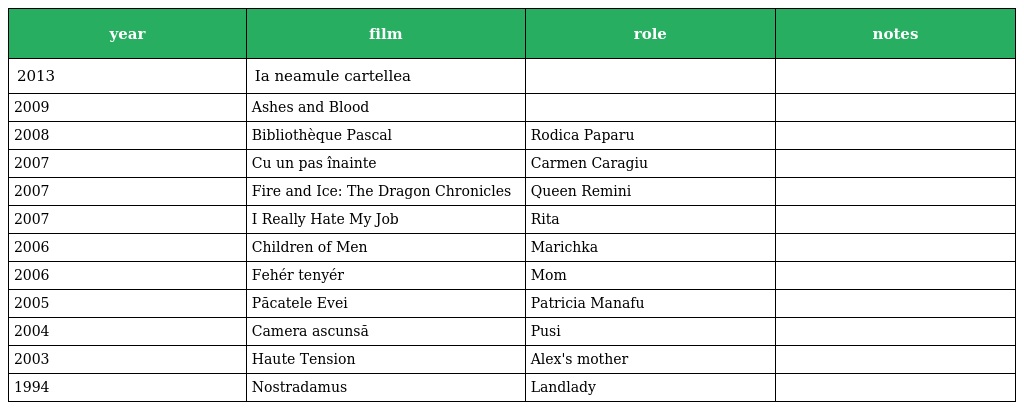
| year | film | role | notes |
 | --- | --- | --- | --- |
 | 2013 | Ia neamule cartellea |  |  |
 | 2009 | Ashes and Blood |  |  |
 | 2008 | Bibliothèque Pascal | Rodica Paparu |  |
 | 2007 | Cu un pas înainte | Carmen Caragiu |  |
 | 2007 | Fire and Ice: The Dragon Chronicles | Queen Remini |  |
 | 2007 | I Really Hate My Job | Rita |  |
 | 2006 | Children of Men | Marichka |  |
 | 2006 | Fehér tenyér | Mom |  |
 | 2005 | Păcatele Evei | Patricia Manafu |  |
 | 2004 | Camera ascunsă | Pusi |  |
 | 2003 | Haute Tension | Alex's mother |  |
 | 1994 | Nostradamus | Landlady |  |